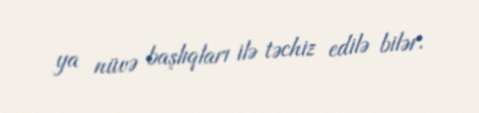
ya nüvə başlıqları ilə təchiz edilə bilər.